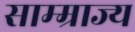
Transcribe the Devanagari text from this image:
साम्म्राज्य